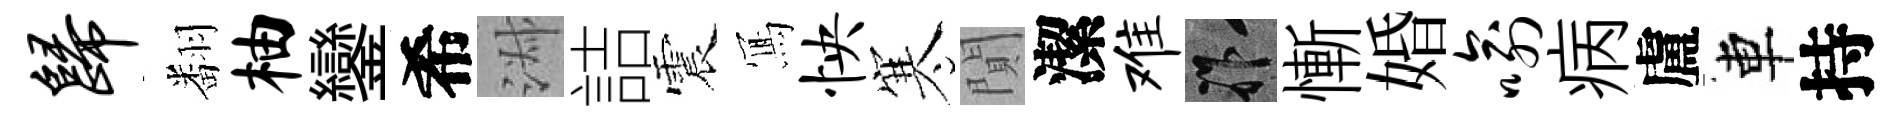
归翻柚鑾希淑詰震𭂁怏寒閴潔难祚慚婚喻病盧車持